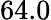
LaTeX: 64.0